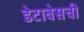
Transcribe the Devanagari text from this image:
डेटाबेसची